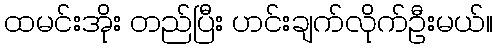
ထမင်းအိုး တည်ပြီး ဟင်းချက်လိုက်ဦးမယ်။